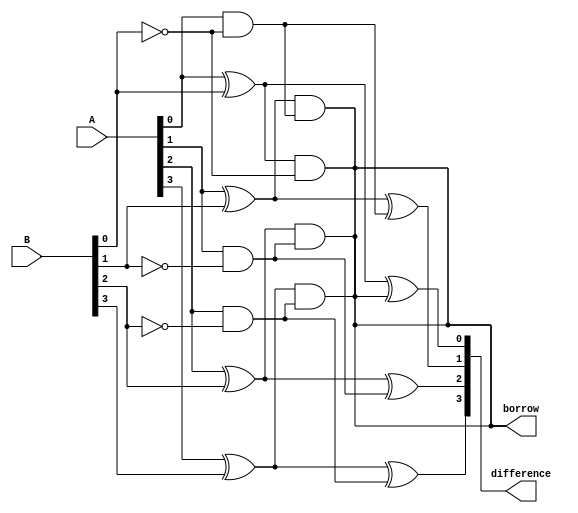
module ripple_carry_subtractor (
    input [3:0] A,
    input [3:0] B,
    output [3:0] difference,
    output borrow
);

wire [3:0] temp1;
wire [3:0] temp2;

xor gates_xor0 (temp1[0], A[0], B[0]);
xor gates_xor1 (temp1[1], A[1], B[1]);
xor gates_xor2 (temp1[2], A[2], B[2]);
xor gates_xor3 (temp1[3], A[3], B[3]);

and gates_and0 (temp2[0], A[0], ~B[0]);
and gates_and1 (temp2[1], A[1], ~B[1]);
and gates_and2 (temp2[2], A[2], ~B[2]);
and gates_and3 (temp2[3], A[3], ~B[3]);

xor gates_xor4 (difference[0], temp1[0], borrow);
xor gates_xor5 (difference[1], temp1[1], temp2[0]);
xor gates_xor6 (difference[2], temp1[2], temp2[1]);
xor gates_xor7 (difference[3], temp1[3], temp2[2]);

and gates_and4 (borrow, temp1[0], ~B[0]);
and gates_and5 (borrow, temp1[1], temp2[0]);
and gates_and6 (borrow, temp1[2], temp2[1]);
and gates_and7 (borrow, temp1[3], temp2[2]);

endmodule